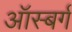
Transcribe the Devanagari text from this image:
ऑस्बर्ग